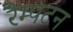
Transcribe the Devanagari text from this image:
रैम्पटन